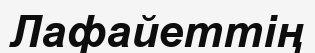
Лафайеттің